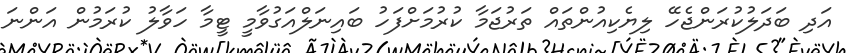
އަދި ބަދަލުކުރަންޖެހޭ ލިޔެކިއުންތައް ތަރުޖަމާ ކުރުމަށްފަހު ބައިނަލްއަގުވާމީ ޓީމާ ހަވާލު ކުރަމުން އަންނަ